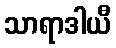
သာရာဒါယီ